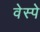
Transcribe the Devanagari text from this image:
वेस्पे